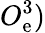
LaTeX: O_{\mathrm{e}}^{3})